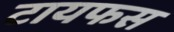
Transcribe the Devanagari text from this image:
टायफस